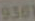
9301